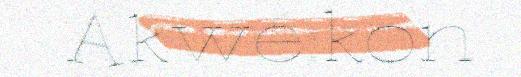
Akwé:kon